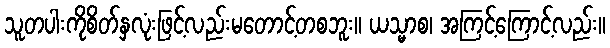
သူတပါးကိုစိတ်နှလုံးဖြင့်လည်းမတောင့်တစဘူး။ ယသ္မာစ၊ အကြင့်ကြောင့်လည်း။